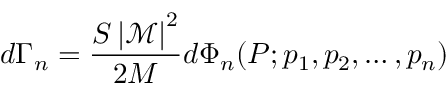
d \Gamma _ { n } = { \frac { S \left| { \mathcal { M } } \right| ^ { 2 } } { 2 M } } d \Phi _ { n } ( P ; p _ { 1 } , p _ { 2 } , \dots , p _ { n } )